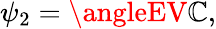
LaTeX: \psi_{2}=\angleEV\mathbb{C},